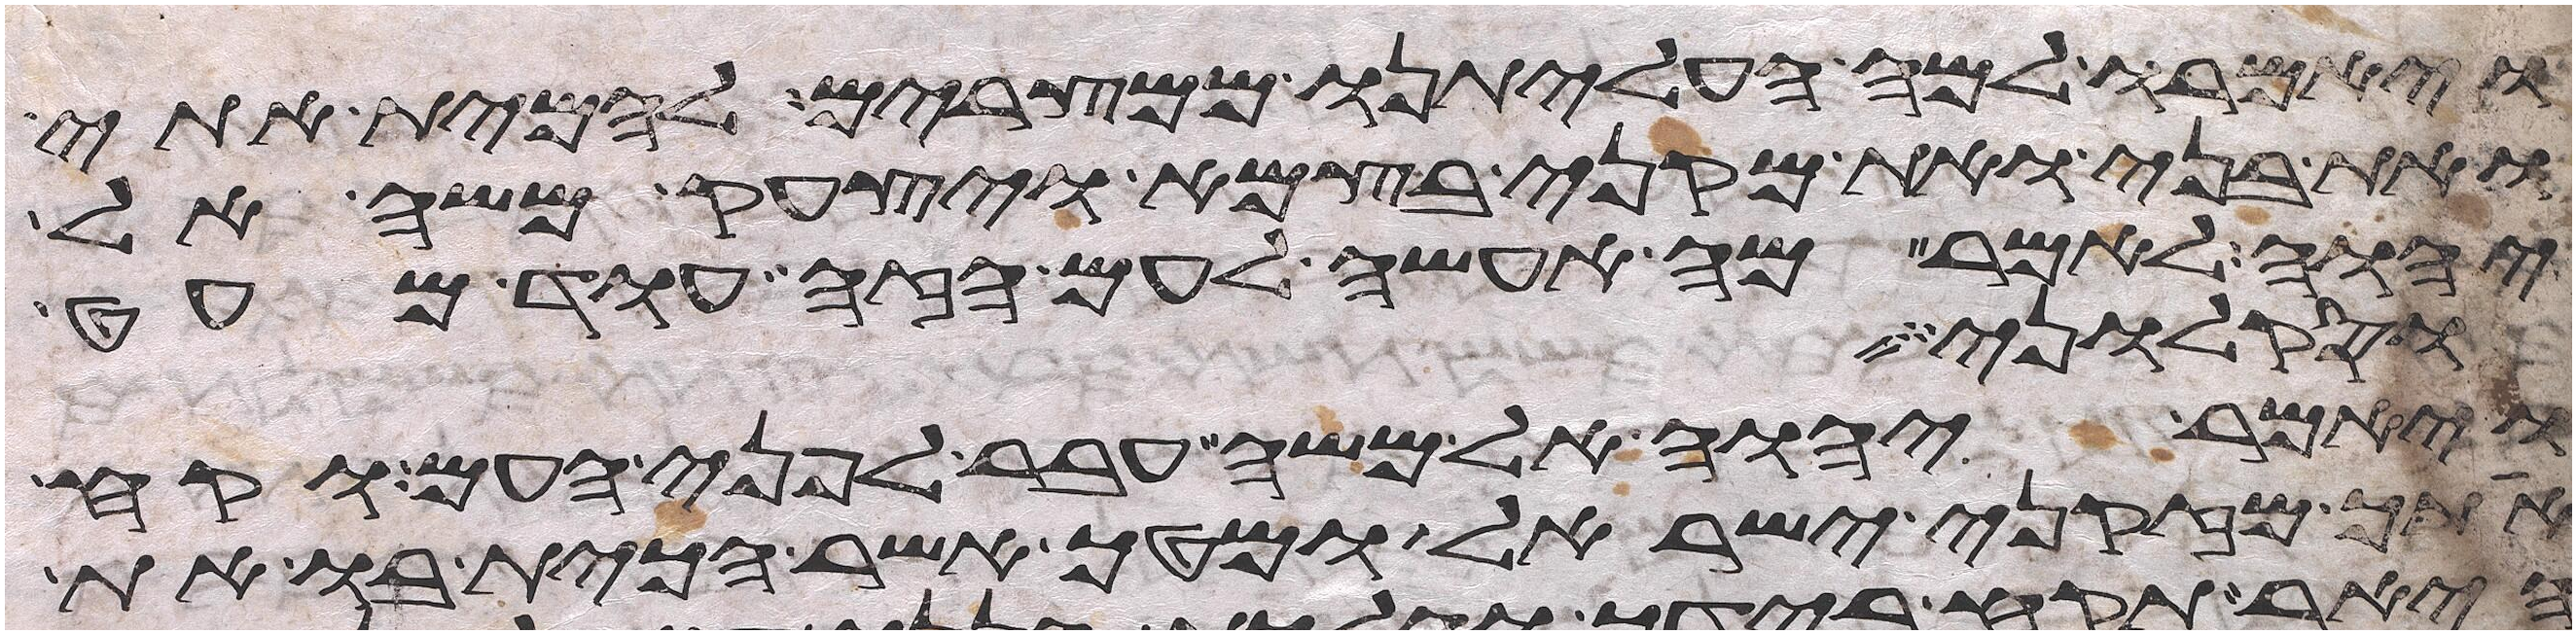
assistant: ויאמרו למה העליתנו ממצרים להמית אתי
ואת בני ואת מקני בצמא ויצעק משה אל
יהוה לאמר מה אעשה לעם הזה עוד מעט
וסקלוני
ויאמר יהוה אל משה עבר לפני העם וקח
אתך מזקני ישראל ומטך אשר הכית בו את